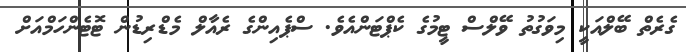
ގެރެތް ބޭލްއަކީ މިވަގުތު ވޭލްސް ޓީމުގެ ކެޕްޓަންއެވެ. ސްޕެއިންގެ ރެއާލް މެޑްރިޑުން ޓޮޓެންހަމްއަށް